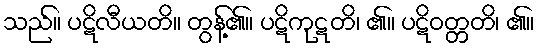
သည်။ ပဋိလီယတိ။ တွန့်၏။ ပဋိကုဋတိ၊ ၏။ ပဋိဝတ္တတိ၊ ၏။